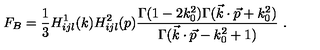
F _ { B } = { \frac { 1 } { 3 } } H _ { i j l } ^ { 1 } ( k ) H _ { i j l } ^ { 2 } ( p ) { \frac { \Gamma ( 1 - 2 k _ { 0 } ^ { 2 } ) \Gamma ( \vec { k } \cdot \vec { p } + k _ { 0 } ^ { 2 } ) } { \Gamma ( \vec { k } \cdot \vec { p } - k _ { 0 } ^ { 2 } + 1 ) } } \ .